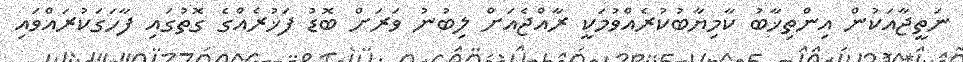
ނަތީޖާއަކުން އިންތިޚާބު ކާމިޔާބުކުރެއްވުމަކީ ރާއްޖެއަށް ލިބުނު ވަރަށް ބޮޑު ފަޚުރެއްގެ ގޮތުގައި ފާހަގަކުރައްވައި